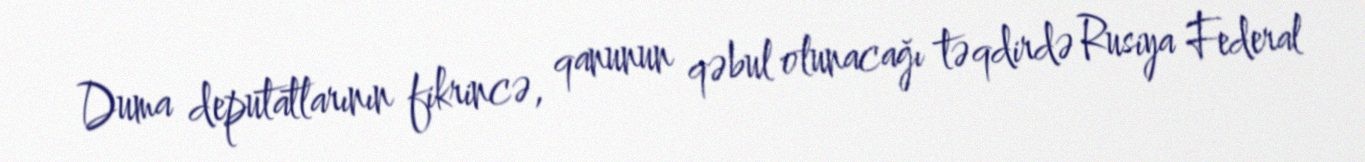
Duma deputatlarının fikrincə, qanunun qəbul olunacağı təqdirdə Rusiya Federal